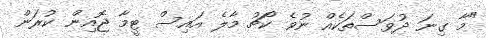
"މާ ގިނަ ދުވަސްތަކެއް ނުވެ ކޯޗު މާލެ އައިސް ޓީމާ ޖޮއިން ކުރަން